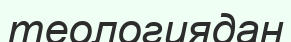
теологиядан